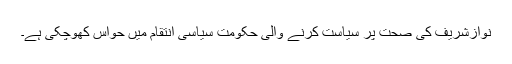
نوازشریف کی صحت پر سیاست کرنے والی حکومت سیاسی انتقام میں حواس کھوچکی ہے۔